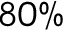
8 0 \%